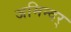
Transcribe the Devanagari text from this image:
जमिन्दर्